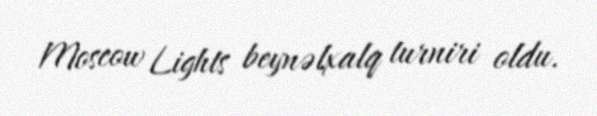
Moscow Lights beynəlxalq turniri oldu.